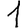
Digit: 1